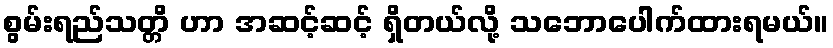
စွမ်းရည်သတ္တိ ဟာ အဆင့်ဆင့် ရှိတယ်လို့ သဘောပေါက်ထားရမယ်။